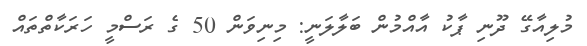
މުލިއާގޭ ދޫނި ޕާކު އާއްމުން ބަލާލަނީ: މިނިވަން 50 ގެ ރަސްމީ ހަރަކާތްތައް